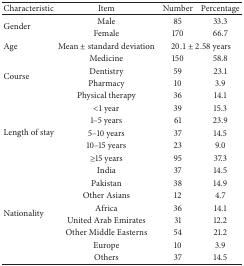
<table><thead><tr><td><b>Characteristic</b></td><td><b>Item</b></td><td><b>Number</b></td><td><b>Percentage</b></td></tr></thead><tbody><tr><td rowspan="2">Gender</td><td>Male</td><td>85</td><td>33.3</td></tr><tr><td>Female </td><td>170</td><td>66.7</td></tr><tr><td>Age </td><td>Mean ± standard deviation</td><td colspan="2">20.1 ± 2.58 years</td></tr><tr><td rowspan="4">Course </td><td>Medicine</td><td>150</td><td>58.8</td></tr><tr><td>Dentistry</td><td>59</td><td>23.1</td></tr><tr><td>Pharmacy</td><td>10</td><td>3.9</td></tr><tr><td>Physical therapy</td><td>36</td><td>14.1</td></tr><tr><td rowspan="5">Length of stay</td><td>&lt;1 year</td><td>39</td><td>15.3</td></tr><tr><td>1–5 years</td><td>61</td><td>23.9</td></tr><tr><td>5–10 years</td><td>37</td><td>14.5</td></tr><tr><td>10–15 years</td><td>23</td><td>9.0</td></tr><tr><td>≥15 years</td><td>95</td><td>37.3</td></tr><tr><td rowspan="8">Nationality </td><td>India</td><td>37</td><td>14.5</td></tr><tr><td>Pakistan</td><td>38</td><td>14.9</td></tr><tr><td>Other Asians</td><td>12</td><td>4.7</td></tr><tr><td>Africa</td><td>36</td><td>14.1</td></tr><tr><td>United Arab Emirates</td><td>31</td><td>12.2</td></tr><tr><td>Other Middle Easterns</td><td>54</td><td>21.2</td></tr><tr><td>Europe</td><td>10</td><td>3.9</td></tr><tr><td>Others</td><td>37</td><td>14.5</td></tr></tbody></table>